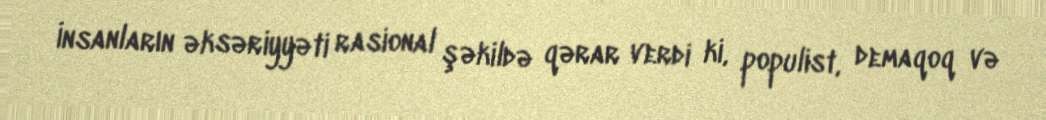
İnsanların əksəriyyəti rasional şəkildə qərar verdi ki, populist, demaqoq və